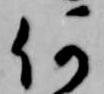
何